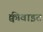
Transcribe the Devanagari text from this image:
क्वीवाइट